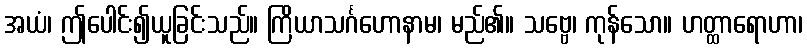
အယံ၊ ဤပေါင်း၍ယူခြင်းသည်။ ကြိယာသင်္ဂဟောနာမ၊ မည်၏။ သဗ္ဗေ၊ ကုန်သော။ ဟတ္ထာရောဟာ၊